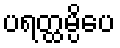
ပရတ္ထမ္ပိပေ